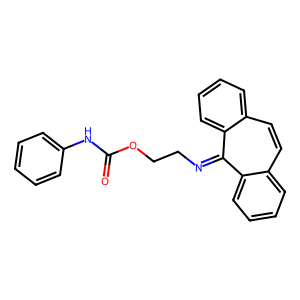
SMILES: O=C(Nc1ccccc1)OCCN=c1c2ccccc2ccc2ccccc12
Inhibits HIV replication: Yes